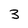
Character: 3